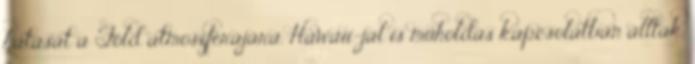
hatását a Föld atmoszférájára. Hawaii-jal is műholdas kapcsolatban álltak,